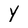
Character: Y